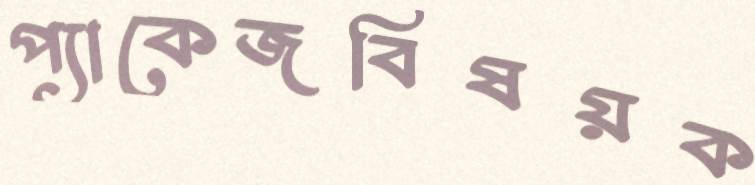
প্যাকেজবিষয়ক